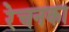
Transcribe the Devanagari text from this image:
रेचनका